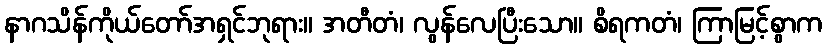
နာဂသိန်ကိုယ်တော်အရှင်ဘုရား။ အတီတံ၊ လွန်လေပြီးသော။ စိရကတံ၊ ကြာမြင့်စွာက